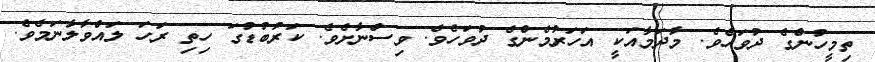
ތިމީހުންގެ ދުވަހެވެ. މާދަމާއަކީ އަހަރުމެންގެ ދުވަހެވެ. ވިސްނާށެވެ. ކަރުބުޑުގަ ހިތި ރަހަ ލައްވާލާނަމެވެ.